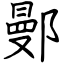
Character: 鄤